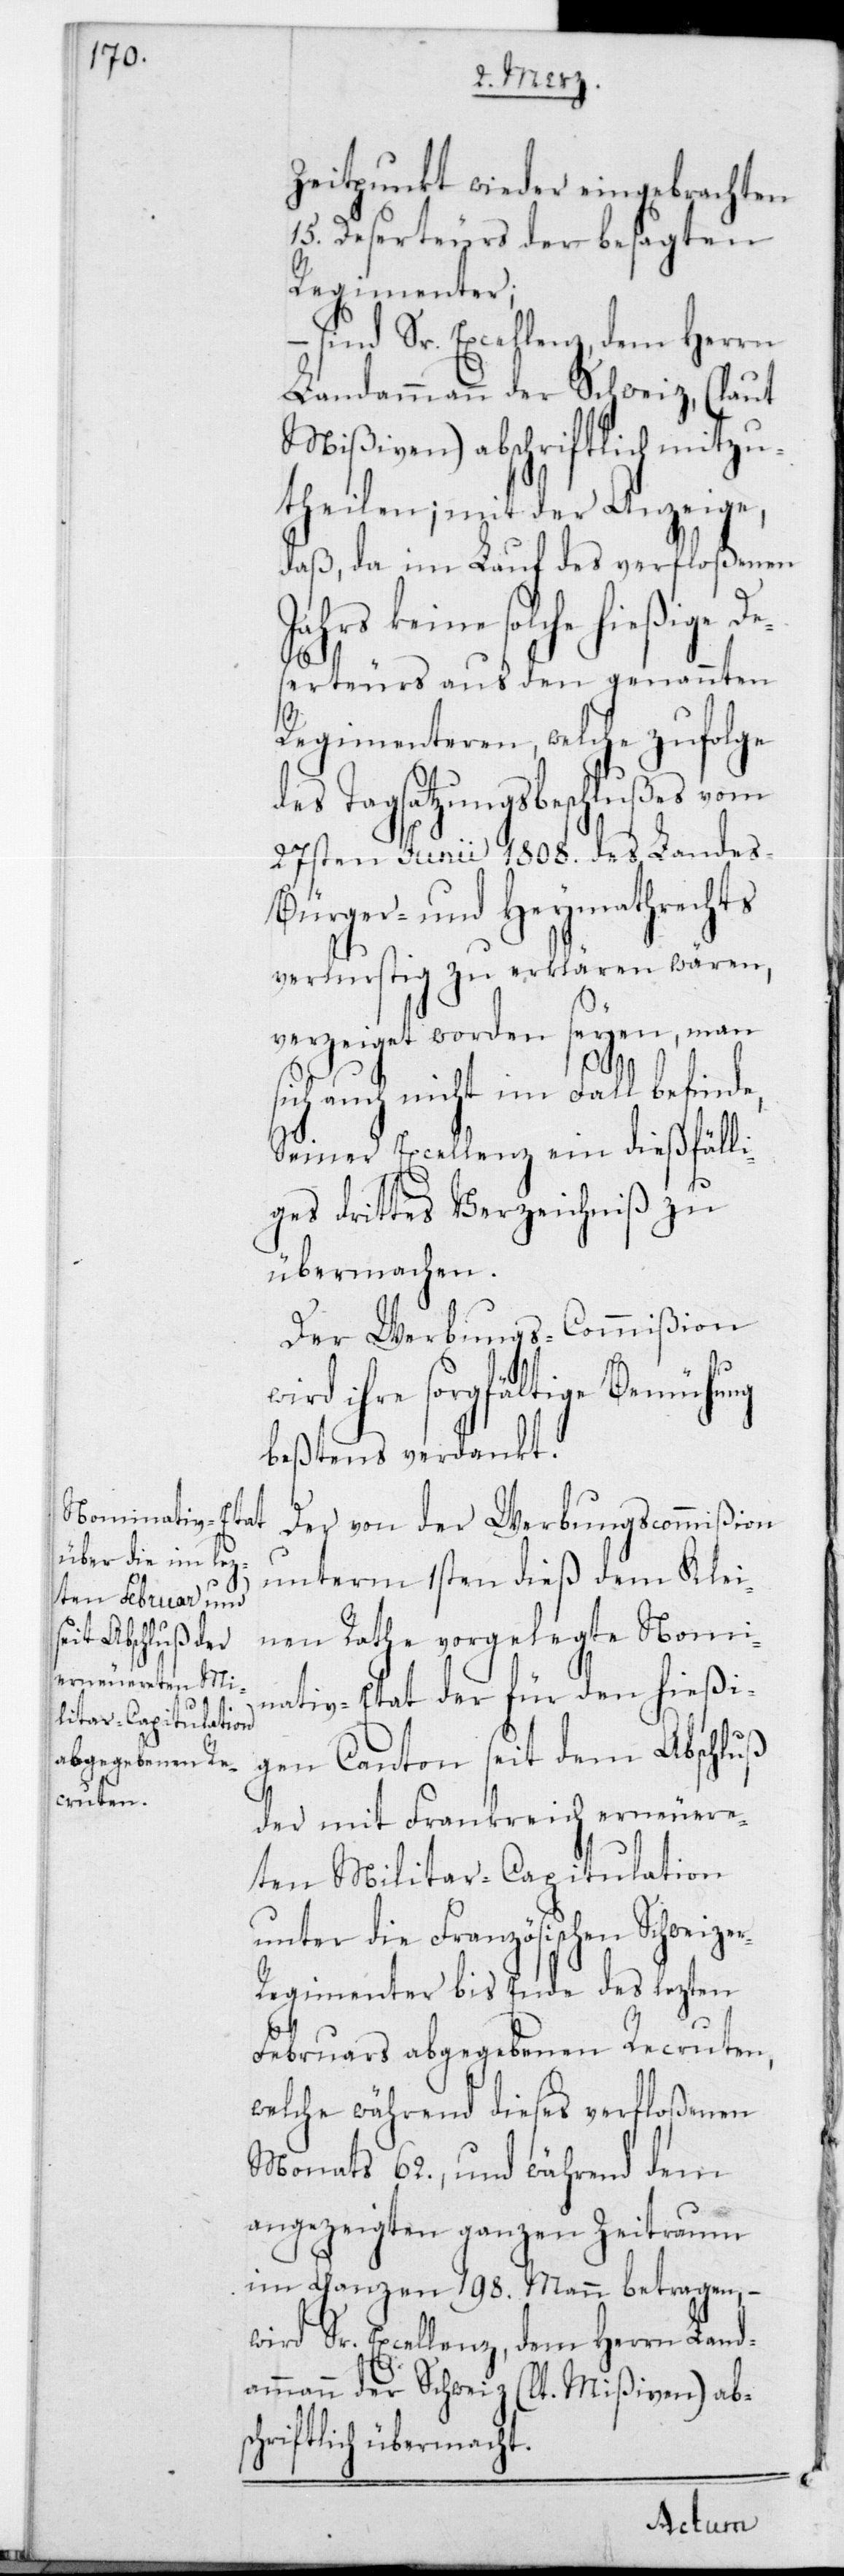
Zeitpunkt wieder eingebrachten
15 Deserteurs der besagten
Regimenter;
– sind Sr. Excellenz, dem Herrn
Landammann der Schweiz (laut
Mißiven) abschriftlich mitzu¬
theilen; mit der Anzeige,
daß, da im Lauf des verfloßenen
keine solche hießige D¬
eserteurs aus den genannten
Regimenteren, welche zufolge
des Tagsatzungsbeschlußes vom
27sten Junii 1808 des Landes-
Bürger- und Heymathrechts
verlustig zu erklären wären,
verzeiget worden seyen, man
sich auch nicht im Fall befinde,
Seiner Excellenz ein dießfälli¬
ges drittes Verzeichniß zu
übermachen.
Der Werbungs-Commißion
wird ihre sorgfältige Bemühung
beßtens verdankt.
Der von der Werbungscommißion
unterm 1sten dieß dem Klei¬
nen Rathe vorgelegte Nomi¬
nativ-Etat der für den hießi¬
gen Canton seit dem Abschluß
der mit Frankreich erneuere¬
ten Militar-Capitulation
unter die Französischen Schweizer
Regimenter bis Ende des lezten
Februars abgegebenen Recruten,
welche während dieses verfloßenen
Monats 62, und während dem
angezeigten ganzen Zeitraum
im Ganzen 198 Mann betragen, –
wird Sr. Excellenz, dem Herrn Land¬
ammann der Schweiz (lt. Mißiven) ab¬
schriftlich übermacht.